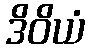
ဒိဝိယံ